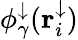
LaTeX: \phi_{\gamma}^{\downarrow}(\mathbf{r}_{i}^{\downarrow})